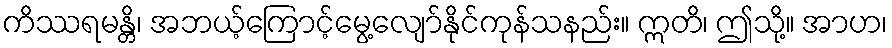
ကိဿရမန္တိ၊ အဘယ့်ကြောင့်မွေ့လျော်နိုင်ကုန်သနည်း။ ဣတိ၊ ဤသို့။ အာဟ၊